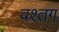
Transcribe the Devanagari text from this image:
वश्तग